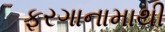
ફરગાનામાથી